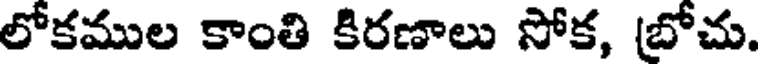
లోకముల కాంతి కిరణాలు సోక, (బోచు.